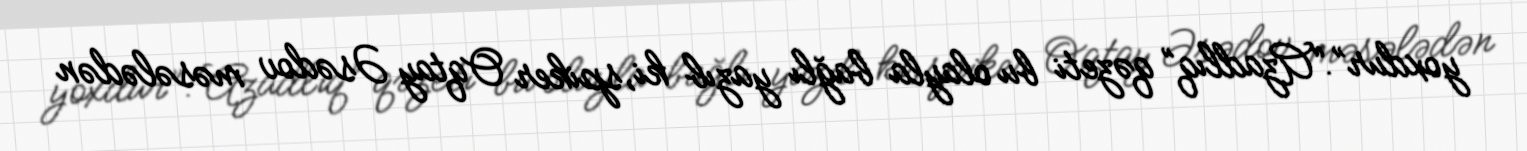
yoxdur”.“Azadlıq” qəzeti bu olayla bağlı yazıb ki, spiker Oqtay Əsədov məsələdən